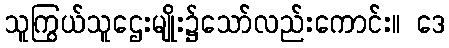
သူကြွယ်သူဌေးမျိုး၌သော်လည်းကောင်း။ ဒေ